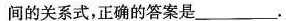
间的关系式，正确的答案是___。